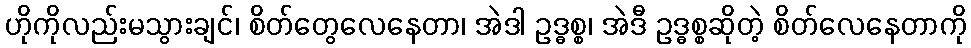
ဟိုကိုလည်းမသွားချင်၊ စိတ်တွေလေနေတာ၊ အဲဒါ ဥဒ္ဓစ္စ၊ အဲဒီ ဥဒ္ဓစ္စဆိုတဲ့ စိတ်လေနေတာကို